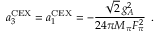
a _ { 3 } ^ { \mathrm { C E X } } = a _ { 1 } ^ { \mathrm { C E X } } = - \frac { \sqrt { 2 } \, g _ { A } ^ { 2 } } { 2 4 \pi M _ { \pi } F _ { \pi } ^ { 2 } } \, \, \, .